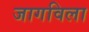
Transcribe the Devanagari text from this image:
जागविला